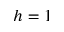
h = 1